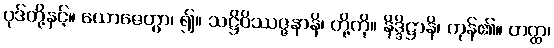
ပုဒ်တို့နှင့်။ ယောဇေတွာ၊ ၍။ သဋ္ဌိဝိဿဇ္ဇနာနိ၊ တို့ကို။ နိဒ္ဒိဋ္ဌာနိ၊ ကုန်၏။ တတ္ထ၊